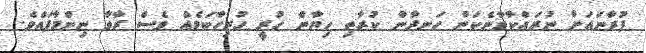
ފުރާނައަށް ނުރައްކާވާނެކަން ހަނދާން ކުރާތި ހިޔާން ހުރީ ހުރިހާކަމެއް ވެސް ރާވާ ނިންމާފައެވެ.